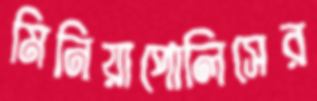
মিনিয়াপোলিসের